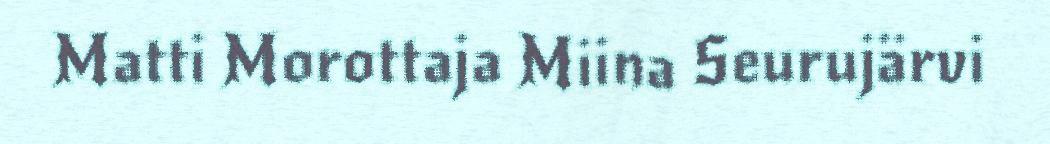
Matti Morottaja Miina Seurujärvi